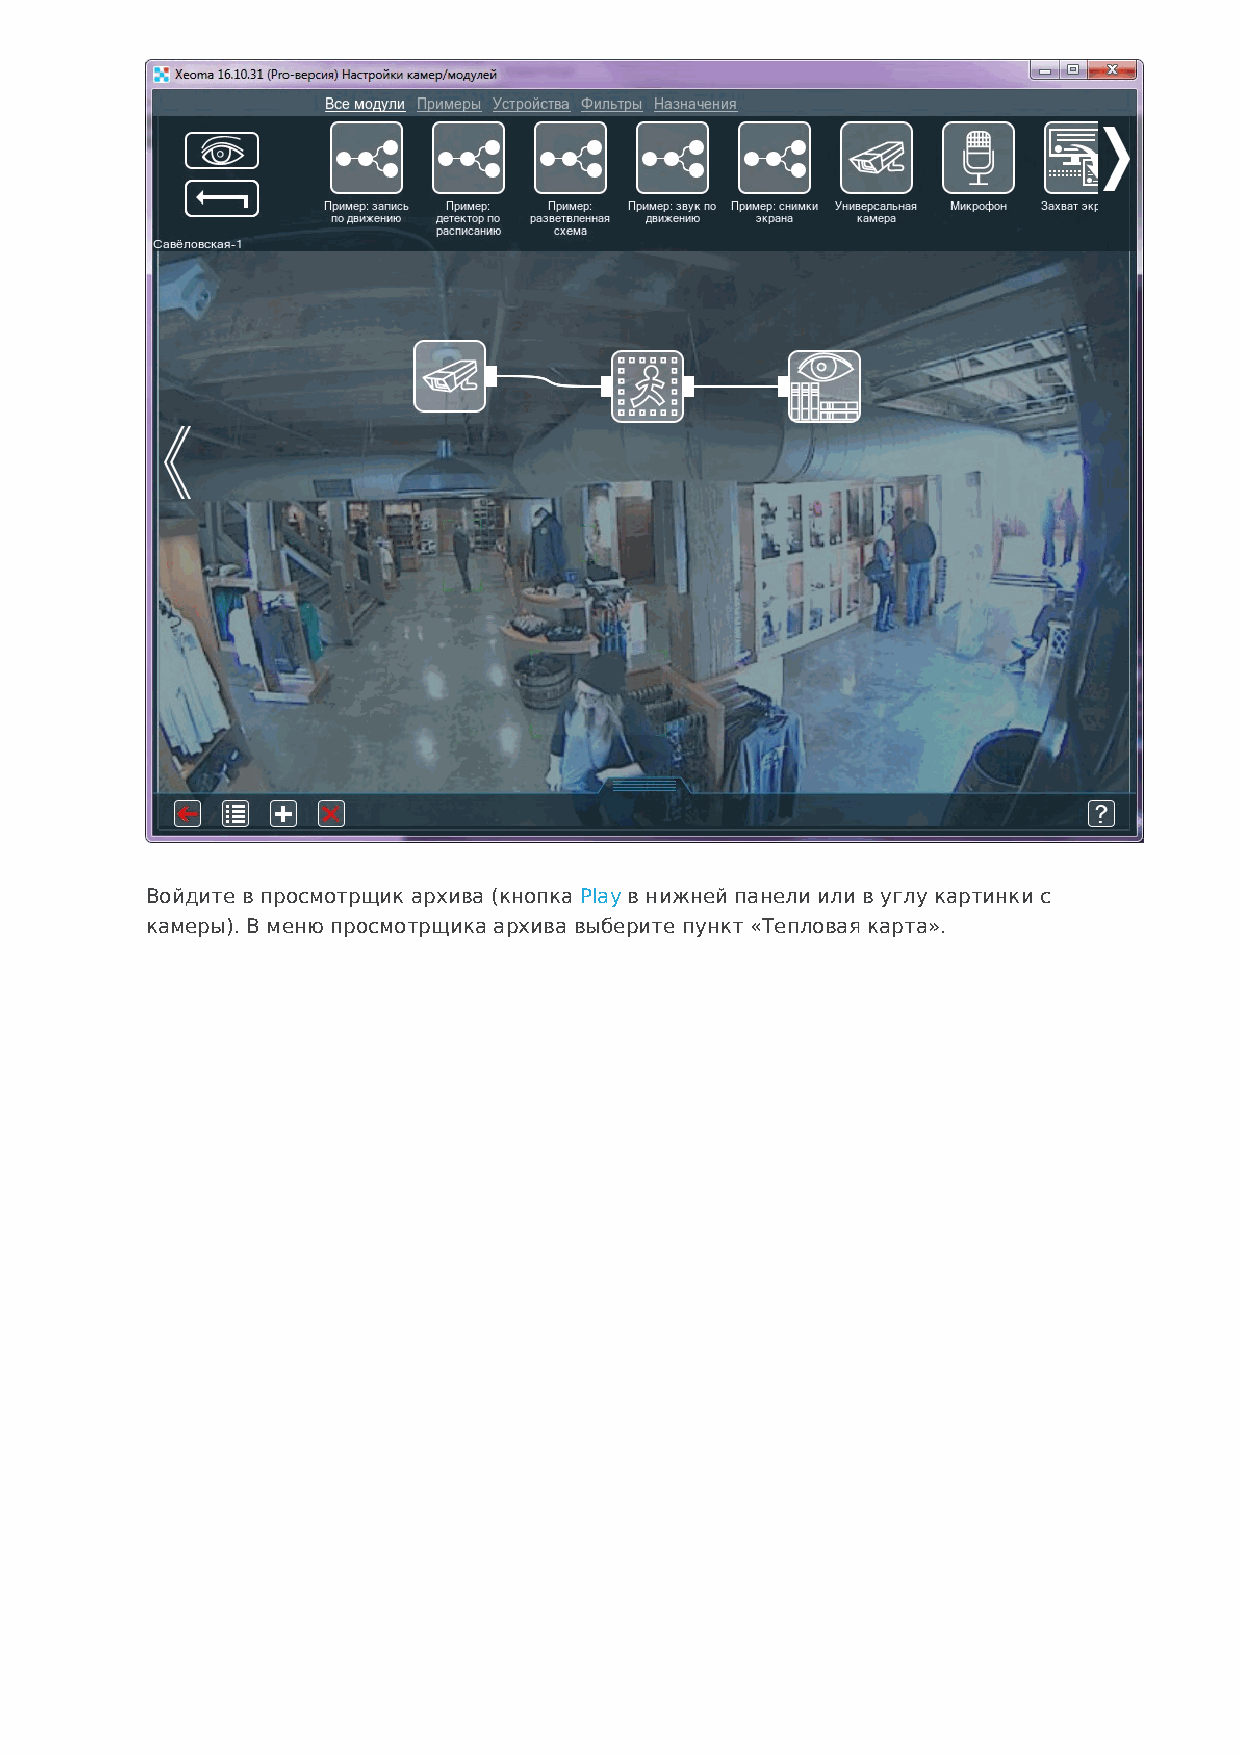
Войдите в просмотрщик архива (кнопка Play в нижней панели или в углу картинки с
 камеры). В меню просмотрщика архива выберите пункт «Тепловая карта».